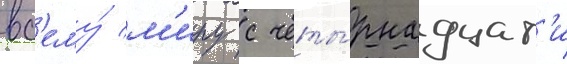
вс'ему́ м'иру с четы́рнадцат'и